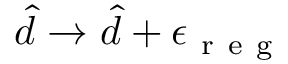
\hat { d } \to \hat { d } + \epsilon _ { \mathrm { ~ r ~ e ~ g ~ } }